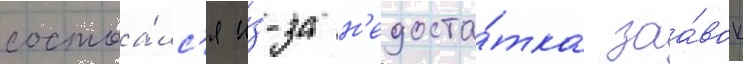
состоа́лс'я и́з-за н'едоста́тка заа́вок